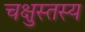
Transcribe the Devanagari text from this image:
चक्षुस्तस्य